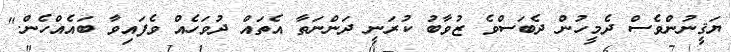
ޔަޤީނުންވެސް ދެމީހުން ދެބަސްވެ ޒުވާބު ކުރަނީ ދަންނަތާ އެތައް ދުވަހެއް ވެފައިވާ ބައެއްހެން."